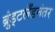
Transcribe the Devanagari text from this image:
ब्रुंड्टलँडनंतर